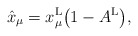
\begin{gather*}\hat{x}_\mu=x^{\rm L}_\mu\big(1-A^{\rm L}\big),\end{gather*}